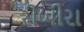
રીબીરા